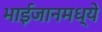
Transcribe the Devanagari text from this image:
भाईजानमध्ये